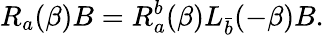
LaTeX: R_{a}(\beta)B=R_{a}^{b}(\beta)L_{\bar{b}}(-\beta)B.